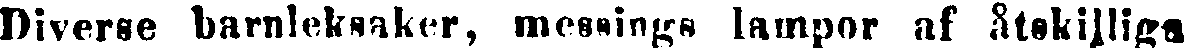
Diverse barnleksaker, messings lampor af åtskilliga